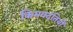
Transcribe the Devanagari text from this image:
किमवदंतियों